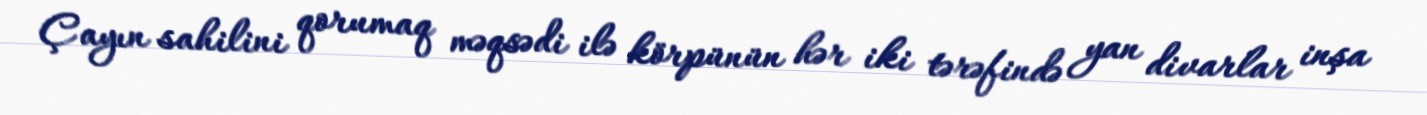
Çayın sahilini qorumaq məqsədi ilə körpünün hər iki tərəfində yan divarlar inşa